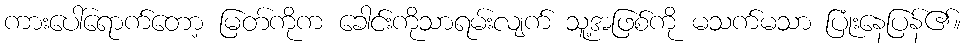
ကားပေါ်ရောက်တော့ မြတ်ကိုက ခေါင်းကိုသာရမ်းလျက် သူ့အဖြစ်ကို မသက်မသာ ပြုံးနေပြန်၏။